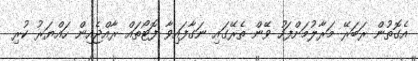
އެގޮތުން ރަބަރޭ މަރާލުމަށްފަހު ވޭން ތެރޭގައި ނަގާފައިވާ ފޮޓޯތައް ރާއްޖެއިން ހައްޔަރު ކުރި